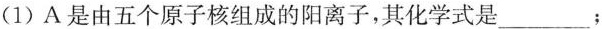
(1)A是由五个原子核组成的阳离子，其化学式是___；